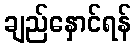
ချည်နှောင်ရန်